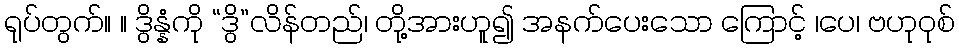
ရုပ်တွက်။ ။ ဒွိန္နံကို “ဒွိ”လိန်တည်၊ တို့အားဟူ၍ အနက်ပေးသော ကြောင့် ၊ပေ၊ ဗဟုဝုစ်